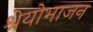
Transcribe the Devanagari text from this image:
श्रेयोभाजन